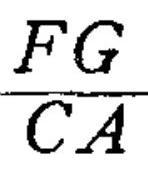
$\frac{FG}{CA}$